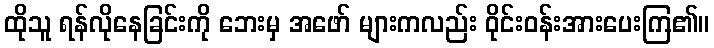
ထိုသူ ရန်လိုနေခြင်းကို ဘေးမှ အဖော် များကလည်း ဝိုင်းဝန်းအားပေးကြ၏။